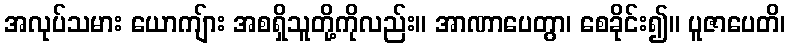
အလုပ်သမား ယောကျ်ား အစရှိသူတို့ကိုလည်း။ အာဏာပေတွာ၊ စေခိုင်း၍။ ပူဇာပေတိ၊